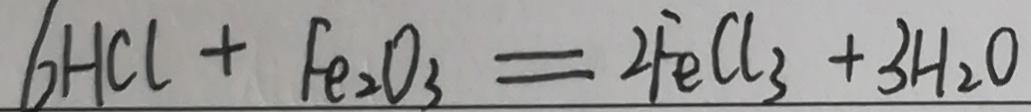
6 H C l + F e _ { 2 } O _ { 3 } = 2 F e C l _ { 3 } + 3 H _ { 2 } O